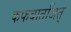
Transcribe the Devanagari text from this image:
कफवातजित्